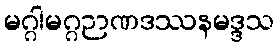
မဂ္ဂါမဂ္ဂဉာဏဒဿနမဒ္ဒသ